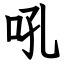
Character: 吼